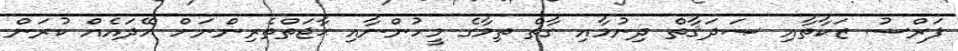
ފަރްޟު ޒަކާތާއި ޞަދަޤާތް ދިނުމާއި ގާތް ތިމާގެ މީހުންނާއި ޙާޖަތްތެރިންނަށް ހޭދައެއް ކުރަން